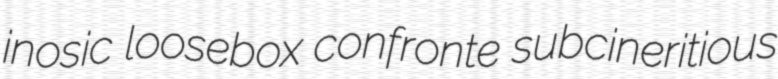
inosic loosebox confronte subcineritious